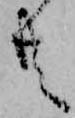
共